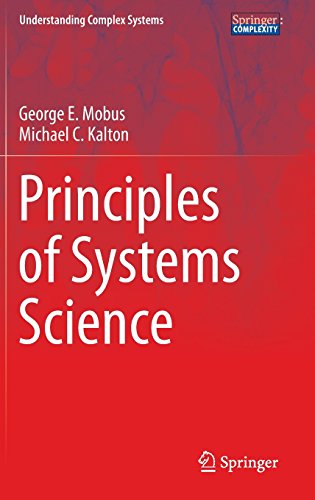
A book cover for Principles of Systems Science (Understanding Complex Systems); George E. Mobus; Science & Math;